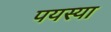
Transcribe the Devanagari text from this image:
पयस्या